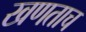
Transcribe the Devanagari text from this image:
खणताच